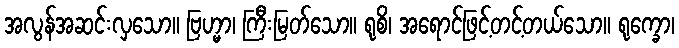
အလွန်အဆင်းလှသော။ ဗြဟ္မာ၊ ကြီးမြတ်သော။ ရုစိ၊ အရောင်ဖြင့်တင့်တယ်သော။ ရုက္ခော၊